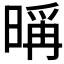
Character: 𣉁